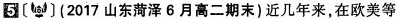
5(2017山东菏泽6月高二期末)近几年来，在欧美等